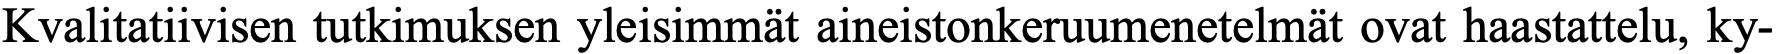
Kvalitatiivisen tutkimuksen yleisimmät aineistonkeruumenetelmät ovat haastattelu, ky-